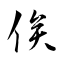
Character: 俟